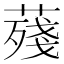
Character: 𦺐